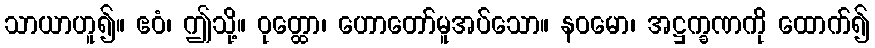
သာယာဟူ၍။ ဧဝံ၊ ဤသို့။ ဝုတ္ထော၊ ဟောတော်မူအပ်သော။ နဝမော၊ အဋ္ဌက္ခဏကို ထောက်၍